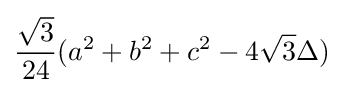
{\frac {\sqrt {3}}{24}}(a^{2}+b^{2}+c^{2}-4{\sqrt {3}}\Delta )